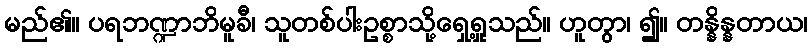
မည်၏။ ပရဘဏ္ဍာဘိမူခီ၊ သူတစ်ပါးဥစ္စာသို့ရှေ့ရှုသည်။ ဟူတွာ၊ ၍။ တန္နိန္နတာယ၊